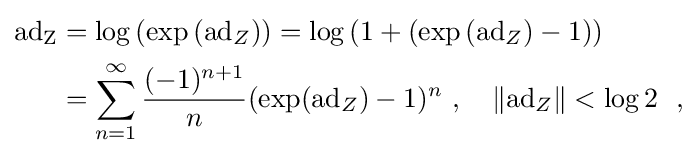
{\begin{aligned}\mathrm {ad_{Z}} &=\log \left(\exp \left(\mathrm {ad} _{Z}\right)\right)=\log \left(1+\left(\exp \left(\mathrm {ad} _{Z}\right)-1\right)\right)\\&=\sum \limits _{n=1}^{\infty }{\frac {(-1)^{n+1}}{n}}(\exp(\mathrm {ad} _{Z})-1)^{n}~,\quad \|\mathrm {ad} _{Z}\|<\log 2~~,\end{aligned}}